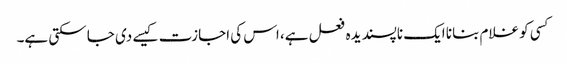
کسی کو غلام بنانا ایک ناپسندیدہ فعل ہے، اس کی اجازت کیسے دی جا سکتی ہے۔